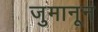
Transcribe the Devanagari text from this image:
जुमानून